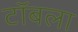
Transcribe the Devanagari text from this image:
टॉबला